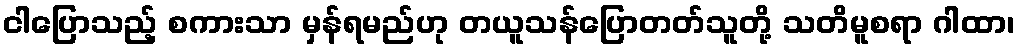
ငါပြောသည့် စကားသာ မှန်ရမည်ဟု တယူသန်ပြောတတ်သူတို့ သတိမူစရာ ဂါထာ၊